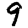
Digit: 9